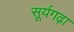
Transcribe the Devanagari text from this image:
सूर्यगढ़ा